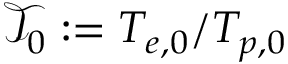
\mathcal { T } _ { 0 } : = T _ { e , 0 } / T _ { p , 0 }